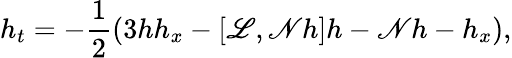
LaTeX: h_{t}=-\frac{1}{2}\left(3hh_{x}-[\mathscr{L},\mathscr{N}h]h-\mathscr{N}h-h_{x}\right),